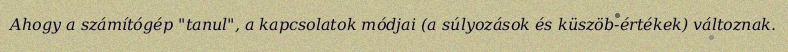
Ahogy a számítógép "tanul", a kapcsolatok módjai (a súlyozások és küszöb-értékek) változnak.